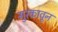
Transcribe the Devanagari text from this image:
गुरकावून